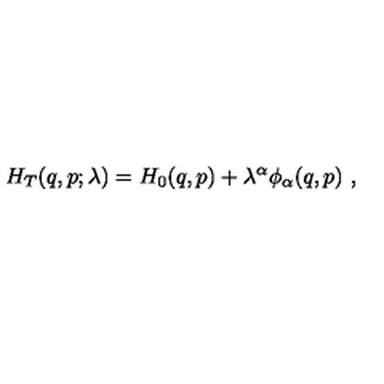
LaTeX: H _ { T } ( q , p ; \lambda ) = H _ { 0 } ( q , p ) + \lambda ^ { \alpha } \phi _ { \alpha } ( q , p ) \ ,